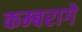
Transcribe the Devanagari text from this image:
कम्बरागे